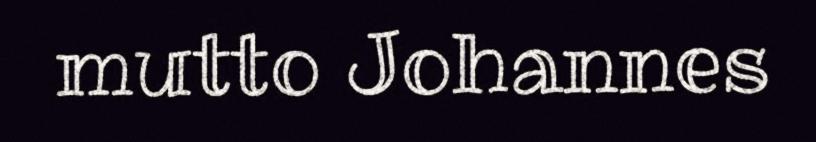
mutto Johannes